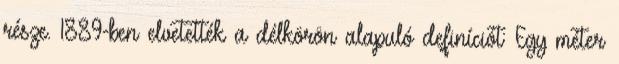
része. 1889-ben elvetették a délkörön alapuló definíciót: Egy méter